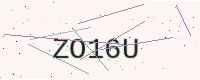
Text: ZO16U